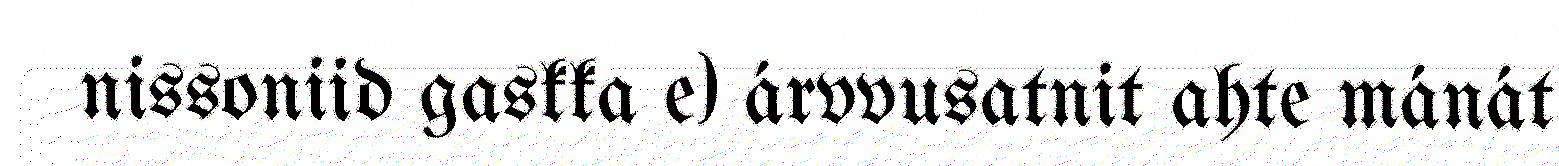
nissoniid gaskka e) árvvusatnit ahte mánát